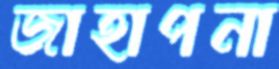
জাহাপনা